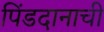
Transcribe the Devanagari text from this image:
पिंडदानाची